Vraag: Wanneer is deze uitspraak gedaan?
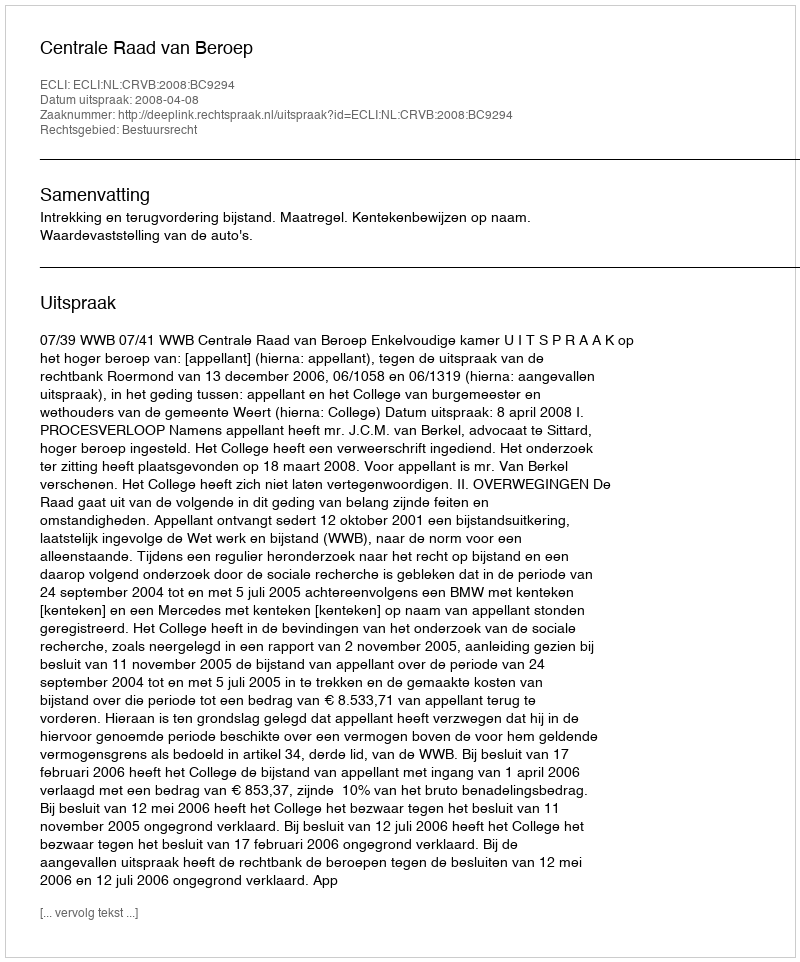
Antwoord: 2008-04-08